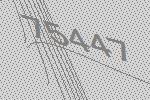
75447